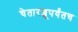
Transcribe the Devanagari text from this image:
चेतारज्जूपर्यंतच